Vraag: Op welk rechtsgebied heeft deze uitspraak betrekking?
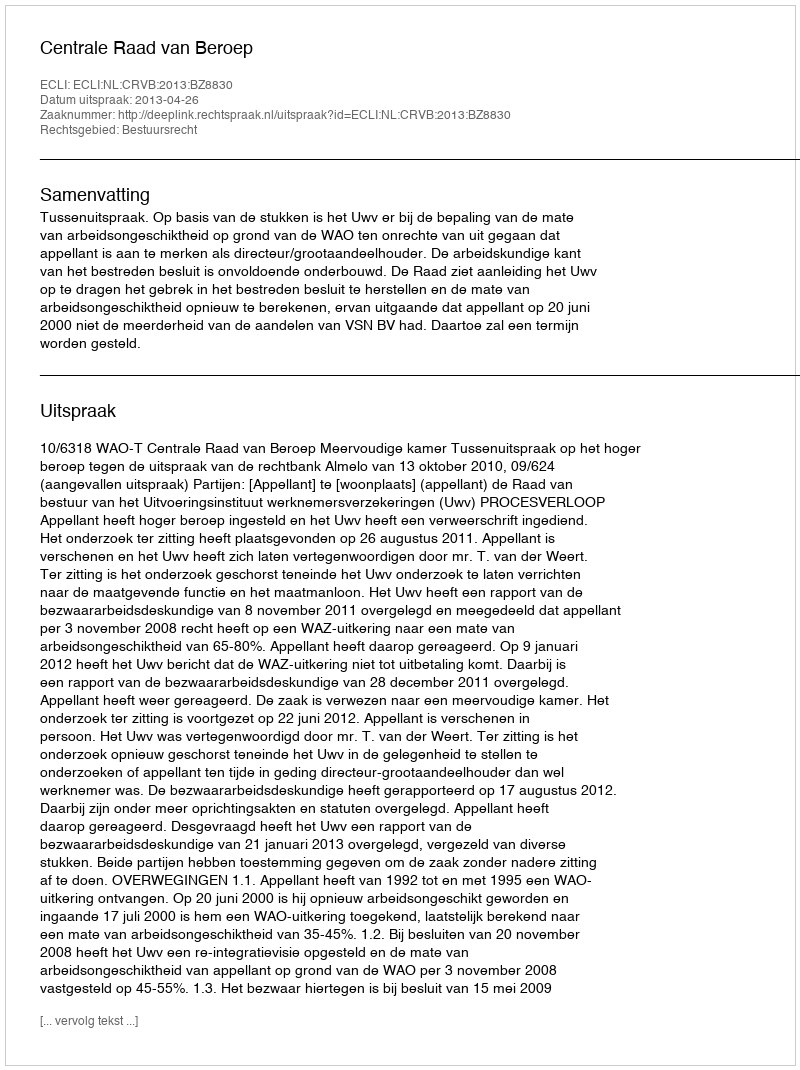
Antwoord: Bestuursrecht